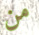
من